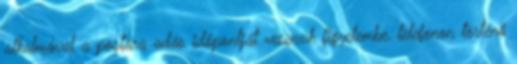
alkalmával a postára adás időpontját vesszük figyelembe, telefonon történő